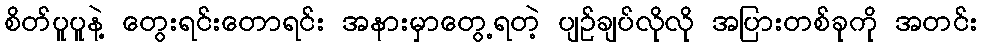
စိတ်ပူပူနဲ့ တွေးရင်းတောရင်း အနားမှာတွေ့ရတဲ့ ပျဉ်ချပ်လိုလို အပြားတစ်ခုကို အတင်း